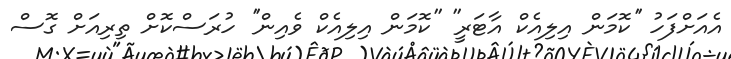
އެއަށްފަހު ''ކޮމަން އިލިއެކް އާޓަރީ'' ''ކޮމަން އިލިއެކް ވެއިން'' ހުރަސްކޮށް ތިރިއަށް ގޮސް